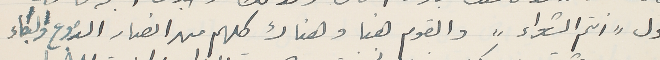
حول "أنتم الشعراء" والقوم هنا وهناك كلهم من انصار الدموع والبكاء